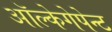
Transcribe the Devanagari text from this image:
ऑल्केगेपेन्ट